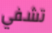
تشفي